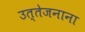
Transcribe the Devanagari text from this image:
उत्तेजनाना